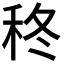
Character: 𮂽